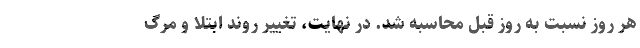
هر روز نسبت به روز قبل محاسبه شد. در نهایت، تغییر روند ابتلا و مرگ